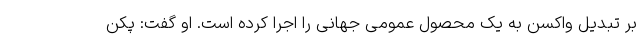
بر تبدیل واکسن به یک محصول عمومی جهانی را اجرا کرده است. او گفت: پکن